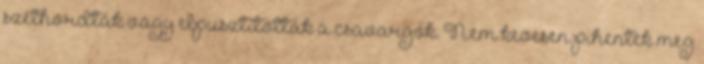
széthordták vagy elpusztították a csavargók. Nem kevesen pihentek meg